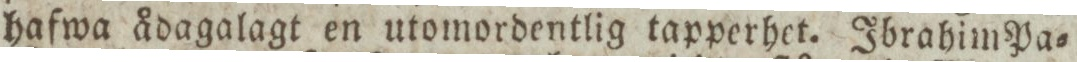
hafwa ådagalagt en utomordentlig tapperhet. Ibrahim Pa=